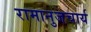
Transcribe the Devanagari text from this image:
रामानुजचार्य